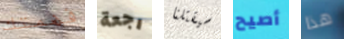
فهمتك رجعة سيقتلنا أصيح هذا